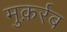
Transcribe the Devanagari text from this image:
मुक़र्रब